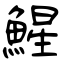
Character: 鯹